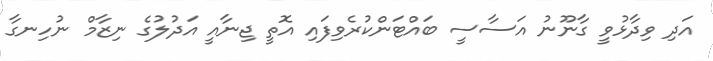
އަދި ވިދާޅުވީ ގާނޫނު އަސާސީ ބައްޓަންކުރެވިފައި އޮތީ ޖިނާއީ އަދުލުގެ ނިޒާމް ނުހިނގާ